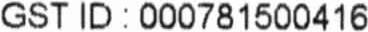
GST ID : 000781500416